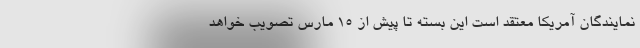
نمایندگان آمریکا معتقد است این بسته تا پیش از 15 مارس تصویب خواهد